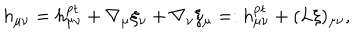
h _ { \mu \nu } = h _ { \mu \nu } ^ { \mathrm { p t } } + \nabla _ { \mu } \xi _ { \nu } + \nabla _ { \nu } \xi _ { \mu } = : h _ { \mu \nu } ^ { \mathrm { p t } } + ( L \xi ) _ { \mu \nu } ,